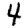
Digit: 4